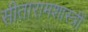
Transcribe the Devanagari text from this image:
सीतारामशास्त्रीं